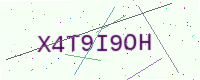
Text: X4T9I9OH